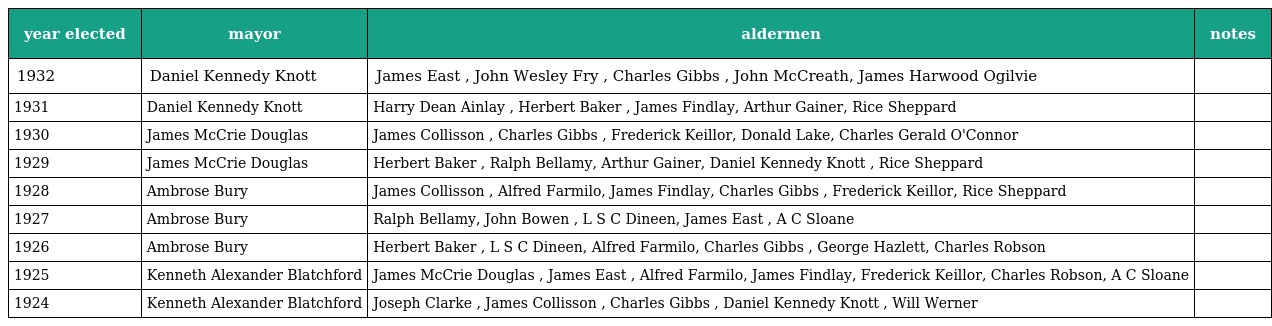
| year elected | mayor | aldermen | notes |
 | --- | --- | --- | --- |
 | 1932 | Daniel Kennedy Knott | James East , John Wesley Fry , Charles Gibbs , John McCreath, James Harwood Ogilvie |  |
 | 1931 | Daniel Kennedy Knott | Harry Dean Ainlay , Herbert Baker , James Findlay, Arthur Gainer, Rice Sheppard |  |
 | 1930 | James McCrie Douglas | James Collisson , Charles Gibbs , Frederick Keillor, Donald Lake, Charles Gerald O'Connor |  |
 | 1929 | James McCrie Douglas | Herbert Baker , Ralph Bellamy, Arthur Gainer, Daniel Kennedy Knott , Rice Sheppard |  |
 | 1928 | Ambrose Bury | James Collisson , Alfred Farmilo, James Findlay, Charles Gibbs , Frederick Keillor, Rice Sheppard |  |
 | 1927 | Ambrose Bury | Ralph Bellamy, John Bowen , L S C Dineen, James East , A C Sloane |  |
 | 1926 | Ambrose Bury | Herbert Baker , L S C Dineen, Alfred Farmilo, Charles Gibbs , George Hazlett, Charles Robson |  |
 | 1925 | Kenneth Alexander Blatchford | James McCrie Douglas , James East , Alfred Farmilo, James Findlay, Frederick Keillor, Charles Robson, A C Sloane |  |
 | 1924 | Kenneth Alexander Blatchford | Joseph Clarke , James Collisson , Charles Gibbs , Daniel Kennedy Knott , Will Werner |  |